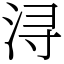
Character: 浔